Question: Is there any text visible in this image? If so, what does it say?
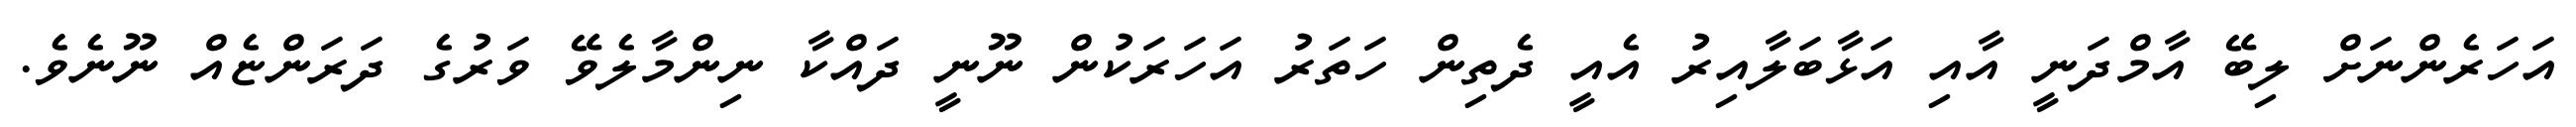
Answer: އަހަރެންނަށް ލިބޭ އާމްދަނީ އާއި އަޅާބަލާއިރު އެއީ ދެތިން ހަތަރު އަހަރަކުން ނޫނީ ދައްކާ ނިންމާލެވޭ ވަރުގެ ދަރަންޏެއް ނޫނެވެ.